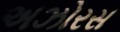
અઝોરસ